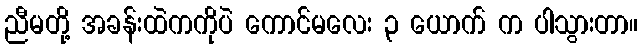
ညီမတို့ အခန်းထဲကကိုပဲ ကောင်မလေး ၃ ယောက် က ပါသွားတာ။